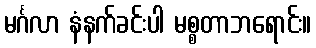
မင်္ဂလာ နံနက်ခင်းပါ မစ္စတာဘရောင်း။